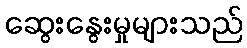
ဆွေးနွေးမှုများသည်